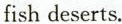
fish deserts.